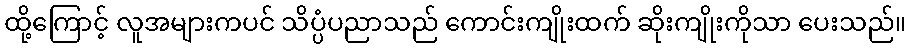
ထို့ကြောင့် လူအများကပင် သိပ္ပံပညာသည် ကောင်းကျိုးထက် ဆိုးကျိုးကိုသာ ပေးသည်။